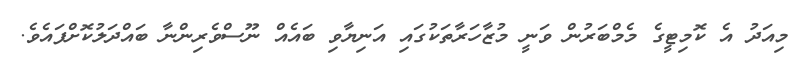
މިއަދު އެ ކޮމިޓީގެ މެމްބަރުން ވަނީ މުޒާހަރާތަކުގައި އަނިޔާވި ބައެއް ނޫސްވެރިންނާ ބައްދަލުކޮށްފައެވެ.